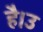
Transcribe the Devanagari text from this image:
है।उ